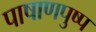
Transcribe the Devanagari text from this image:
पाषाणपुष्प